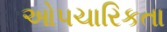
ઓપચારિકતા